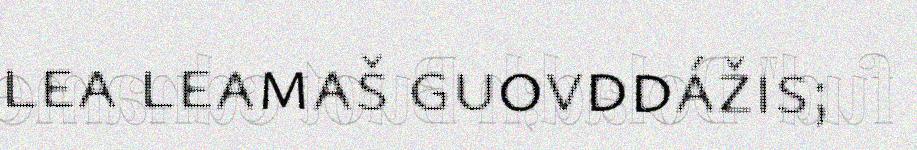
lea leamaš guovddážis;